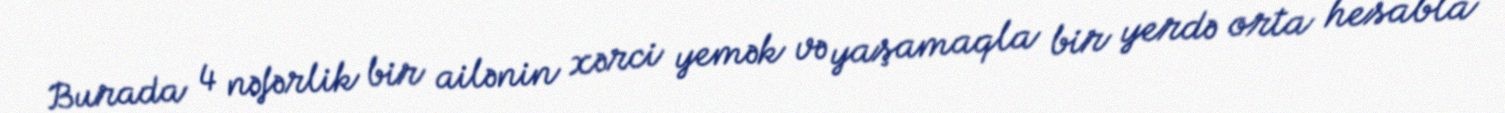
Burada 4 nəfərlik bir ailənin xərci yemək və yaşamaqla bir yerdə orta hesabla